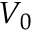
V _ { 0 }